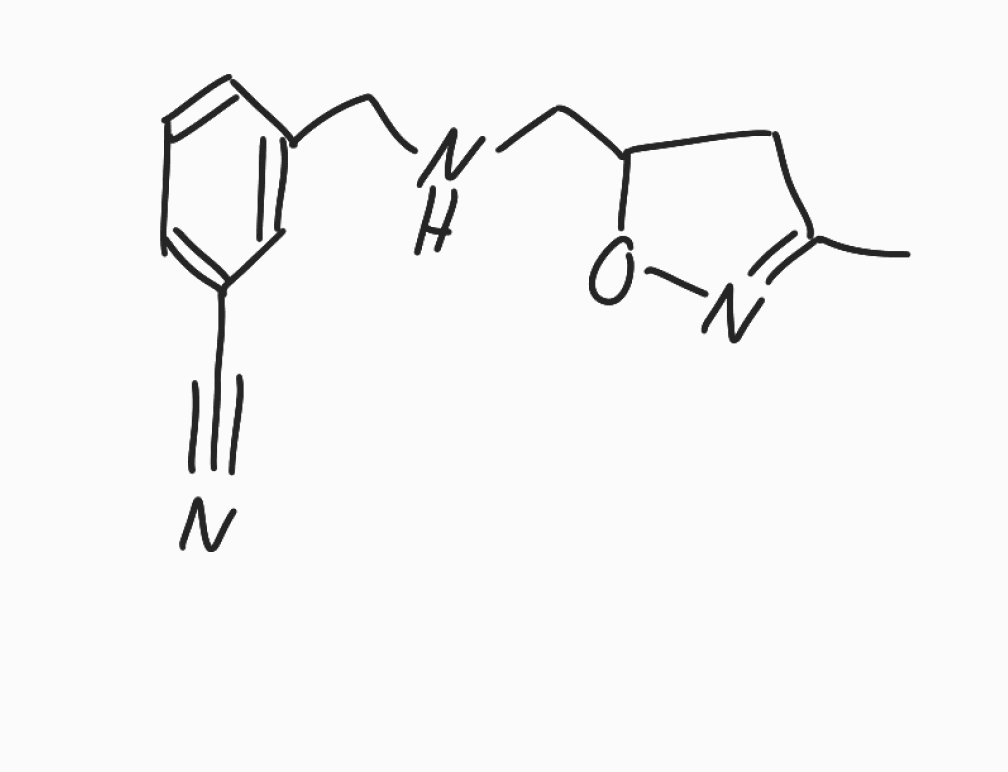
Simplified molecular-input line-entry system (SMILES) notation of the given molecule:
CC1=NOC(C1)CNCC2=CC(=CC=C2)C#N